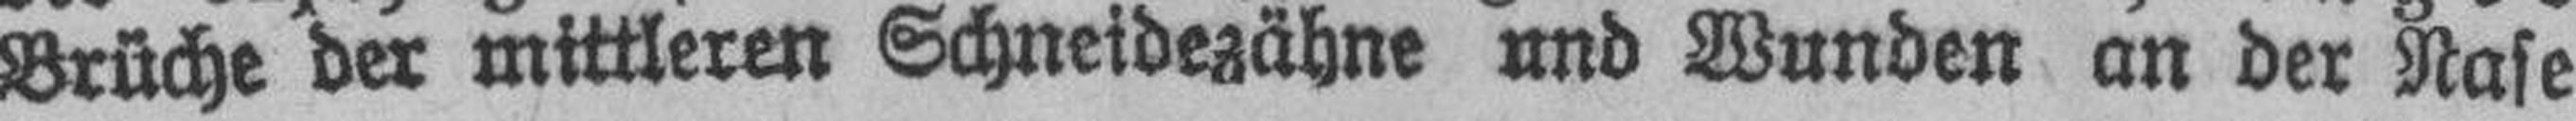
Brüche der mittleren Schneidezähne und Wunden an der Nase